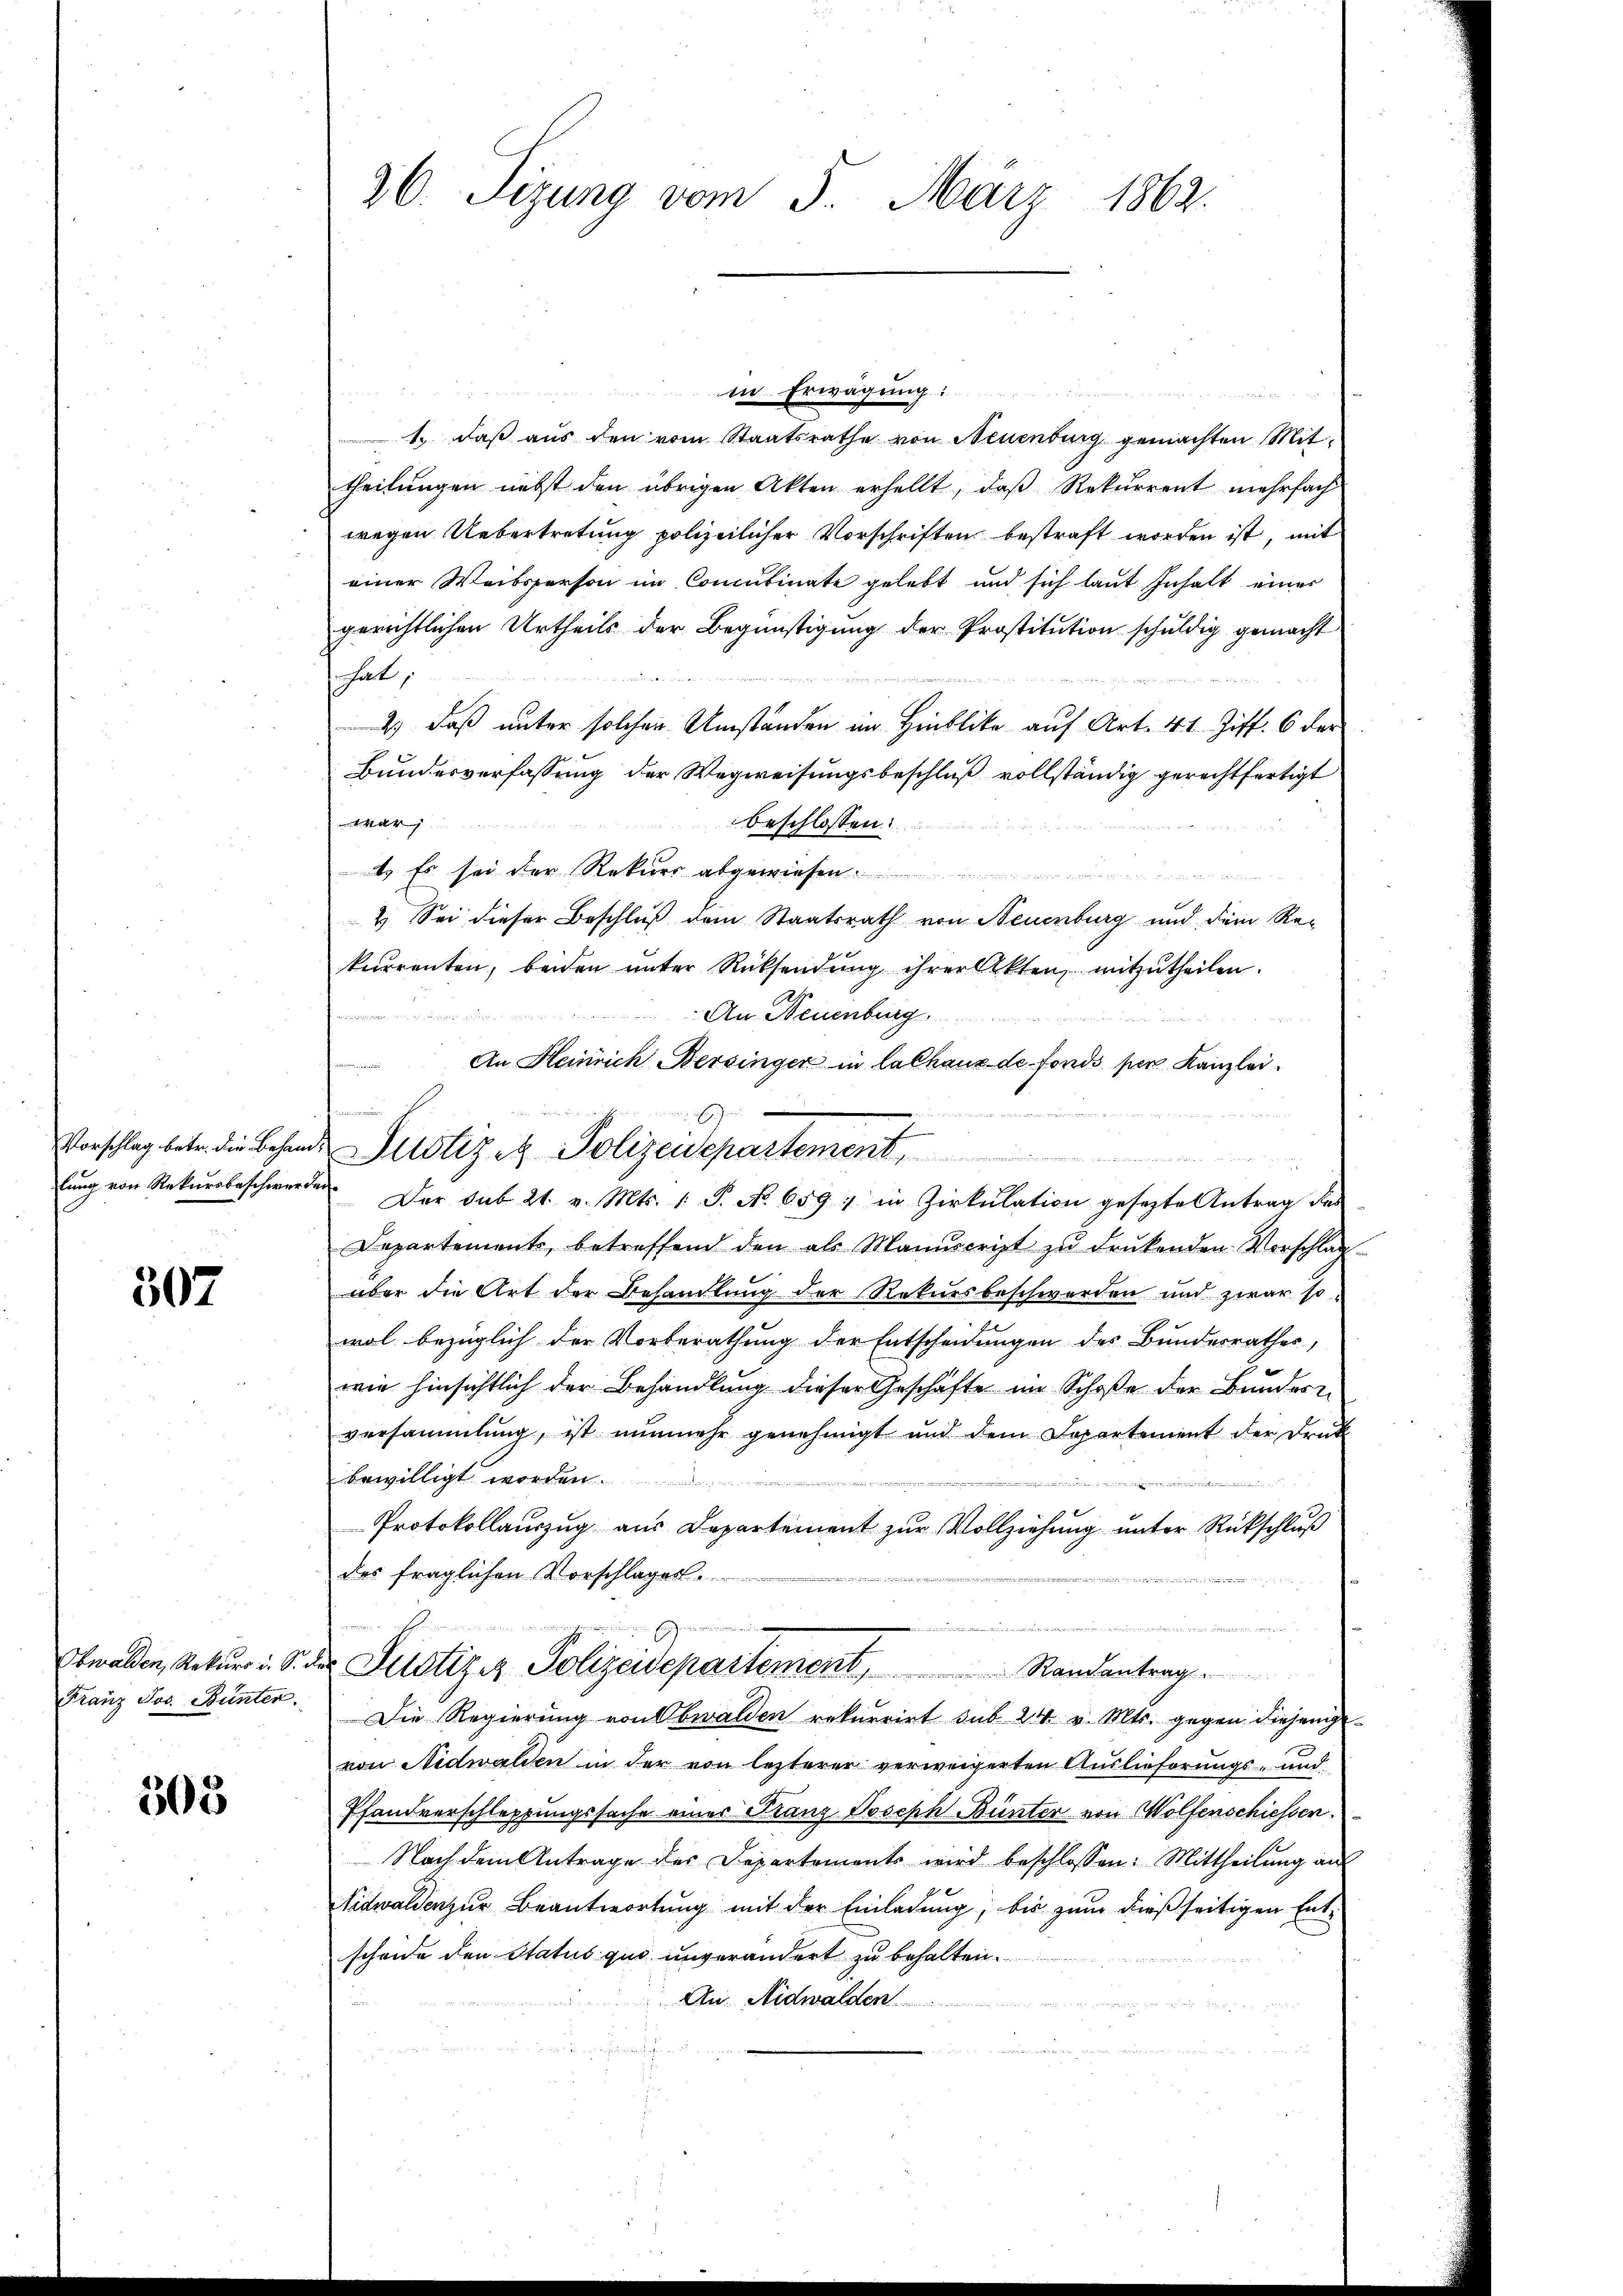
507

Obwalden, Rekurs u. So r
Franz Jos. Bünter.

305

26. Sizung vom 5. März 1862.

1. daß aus den vom Staatsrathe von Neuenburg gemachten Mittheilungen nebst den übrigen Akten erhellt, daß Rekurrent mehrfach
wegen Uebertretung polizeilicher Vorschriften bestraft worden ist, mit
einer Weibsperson im Concubinate gelebt und sich laut Inhalt einer
gerichtlichen Urtheils der Begünstigung der Prostitution schuldig gemacht
hat;
2.) Daß unter solchen Umständen im Hinblicke auf Art. 41 Ziff. 6 der
Bundesverfassung der Wegweisungsbeschluß vollständig gerechtfertigt
40
beschlossen:
1. Es sei der Rekurs abgewiesen.
n
2.) Sei dieser Beschluß dem Staatsrath von Neuenburg und dem Re-
kurrenten, beiden ŭnter Rücksendŭng ihrer Akten, mitzŭtheilen.
An Neuenburg
An Heinrich Bersinger in lalhaux de fonds per Kanzlei.

lŭng von Rekursbeschwerden. Der Sub 21. v. Mts. 1. P. Nr. 659, in Zirkŭlation gesezte Antrag des
Departements, betreffend den als Manuscript zu druckenden Vorschlagüber die Art der Behandlung der Rekursbeschwerden und zwar so
wol bezüglich der Vorberathung der Entscheidungen des Bundesrathes,
wie hinsichtlich der Behandlung dieser Geschäfte im Schoße der Bundern
versammlung, ist nunmehr genehmigt und dem Departement der Druk
bewilligt worden.

.

Protokollauszug aus Departement zur Vollziehung unter Rückschluß
des fraglichen Vorschlages.
i

der Justiziz Polizeidepartement, Randantrag
Die Regierung von Obwalden rekurrirt sub 24 v. Mts. gegen diesengevon Nidwalden in der von lezterer verweigerten Auslieferungs- und
Pfandverschleppungssache eines Franz Joseph Bünter von Wolfenschiessen.
Nach dem Antrage der Departements wird beschlossen: Mittheilŭng auf
Nidwalden zur Beantwortung mit der Einladung, bis zum dießseitigen Entschone den Status quo unverändert zu behalten.
An Nidwalden.

E
Vorschlag betr. die Behande Justiz et Polizeidepartement,

in Erwägung